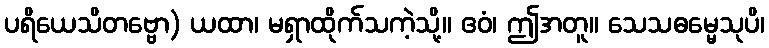
ပရိယေသိတဗ္ဗော) ယထာ၊ မရှာထိုက်သကဲ့သို့။ ဧဝံ၊ ဤအတူ။ သေသဓမ္မေသုပိ၊